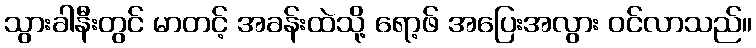
သွားခါနီးတွင် မာတင့် အခန်းထဲသို့ ရော့ဖ် အပြေးအလွား ဝင်လာသည်။